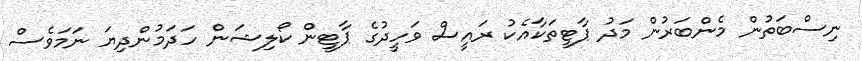
ނިސްބަތުން މެންބަރުން މަދު ޕާޓީތަކާއެކު ރައީސް ވަހީދުގެ ޕާޓީން ކޯލިޝަން ހަދަމުންދިޔަ ނަމަވެސް